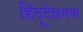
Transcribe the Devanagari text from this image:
हिंदूदेवगण